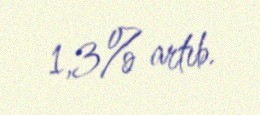
1,3% artıb.